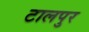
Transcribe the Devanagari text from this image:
टालपुर